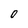
Character: 0